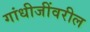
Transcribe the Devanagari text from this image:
गांधीजींवरील